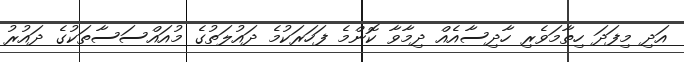
އަދި މިފަދަ ހިތާމަވެރި ހާދިސާއެއް ދިމާވާ ކޮންމެ ފަހަރަކުމެ ދައުލަތުގެ މުއައްސަސާތަކުގެ ދައުރު